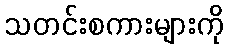
သတင်းစကားများကို